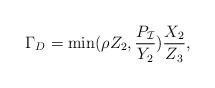
LaTeX: \begin{align*}\Gamma_{D}= \min (\rho {Z_2},\frac{{{P_{\cal I}}}}{{{Y_2}}})\frac{{{X_2}}}{{{Z_3}}},\end{align*}